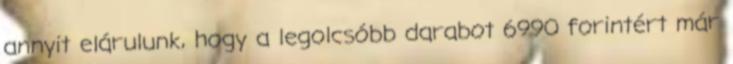
annyit elárulunk, hogy a legolcsóbb darabot 6990 forintért már